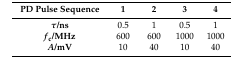
| PD Pulse Sequence | 1 | 2 | 3 | 4 |
 | --- | --- | --- | --- | --- |
 | τ/ns | 0.5 | 1 | 0.5 | 1 |
 | fc/MHz | 600 | 600 | 1000 | 1000 |
 | A/mV | 10 | 40 | 10 | 40 |